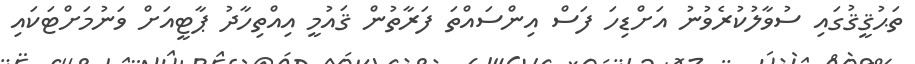
ތަޙުޤީޤުގައި ސުވާލުކުރެވުނު އަށްޑިހަ ފަސް އިންސައްތަ ފަރާތުން ޤައުމީ އިއްތިހާދު ޕާޓީއަށް ވަނުމަށްޓަކައި